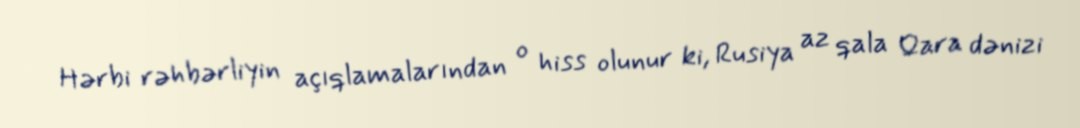
Hərbi rəhbərliyin açıqlamalarından o hiss olunur ki, Rusiya az qala Qara dənizi